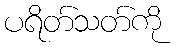
ပရိတ်သတ်ကို